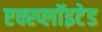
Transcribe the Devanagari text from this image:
एक्स्प्लाॅइटेड